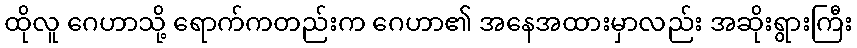
ထိုလူ ဂေဟာသို့ ရောက်ကတည်းက ဂေဟာ၏ အနေအထားမှာလည်း အဆိုးရွားကြီး